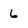
Character: 6